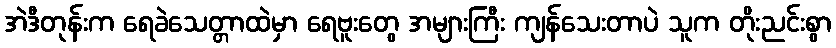
အဲဒီတုန်းက ရေခဲသေတ္တာထဲမှာ ရေဗူးတွေ အများကြီး ကျန်သေးတာပဲ သူက တိုးညင်းစွာ